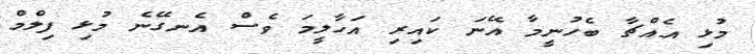
މުޅި އެއްޗާ ބެހުނީމާ އޭނަ ކައިރި އަހާލީމަ ވެސް އެނގޭނެ މުޅި ފިލްމް